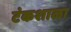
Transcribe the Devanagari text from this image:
टंकशाळा